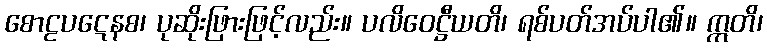
စောဠပဋေနစ၊ ပုဆိုးဖြားဖြင့်လည်း။ ပလိဝေဋ္ဌီယတိ၊ ရစ်ပတ်အပ်ပါ၏။ ဣတိ၊